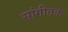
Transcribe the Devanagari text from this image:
सांगीतक